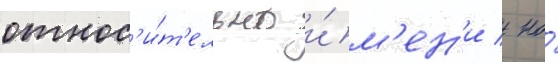
относ'и́т'ельно и́м'ен'и / но́